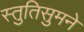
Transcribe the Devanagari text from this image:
स्तुतिसुमने